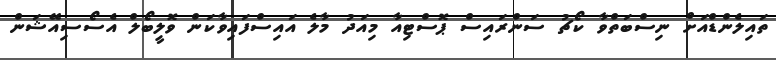
ތައިލެންޑްއަށް ނިސްބަތްވާ ކޯޗު ސަންރައިސް ޕޮސްޓިއާ މިއަދު މާލެ އައިސްފައިވާކަން ވޮލީބޯލް އެސޯސިއޭޝަން